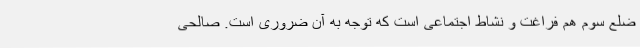
ضلع سوم هم فراغت و نشاط اجتماعی است که توجه به آن ضروری است. صالحی